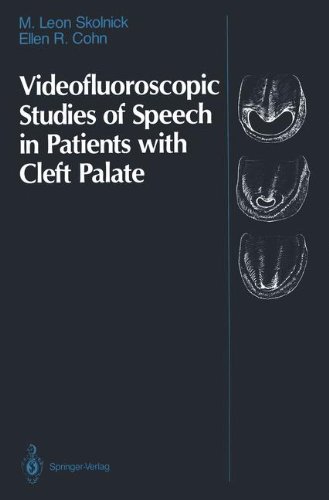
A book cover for Videofluoroscopic Studies of Speech in Patients with Cleft Palate; M. Leon Skolnick; Medical Books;